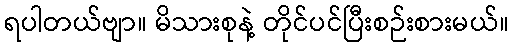
ရပါတယ်ဗျာ။ မိသားစုနဲ့ တိုင်ပင်ပြီးစဉ်းစားမယ်။